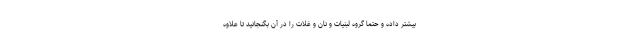
بیشتر داده و حتما گروه لبنیات و نان و غلات را در آن بگنجانید تا علاوه